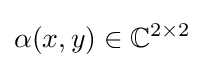
\alpha (x,y)\in \mathbb {C} ^{2\times 2}